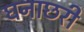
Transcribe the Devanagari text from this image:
घनाछरी